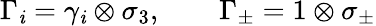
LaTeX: \Gamma_{\mathit{i}}=\gamma_{\mathit{i}}\otimes\sigma_{3},\qquad\Gamma_{\pm}=1\otimes\sigma_{\pm}